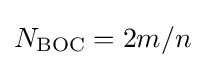
N_{\text{BOC}}=2m/n